Leaving Certificate Examination, 1925
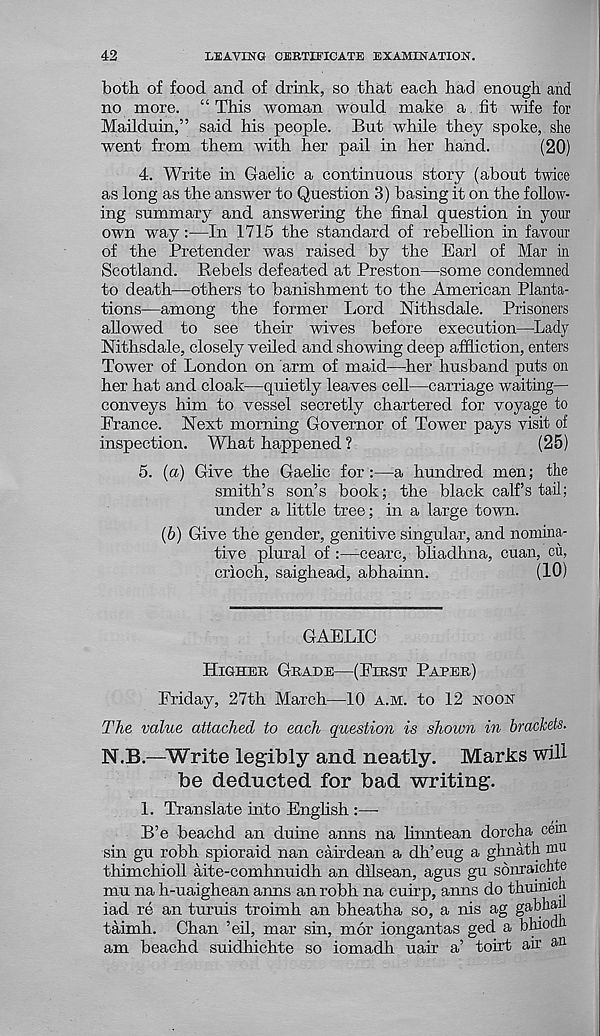
42
LEAVING CERTIFICATE EXAMINATION.
both of food and of drink, so that each had enough and
no more. “ This woman would make a fit wife for
Mailduin,” said his people. But while they spoke, she
went from them with her pail in her hand.
(20)
4. Write in Gaelic a continuous story (about twice
as long as the answer to Question 3) basing it on the follow-
ing summary and answering the final question in your
own way:—In 1715 the standard of rebellion in favour
of the Pretender was raised by the Earl of Mar in
Scotland. Rebels defeated at Preston—some condemned
to death—others to banishment to the American Planta-
tions—among the former Lord Nithsdale. Prisoners
allowed to see their wives before execution—-Lady
Mthsdale, closely veiled and showing deep affliction, enters
Tower of London on arm of maid—her husband puts on
her hat and cloak—quietly leaves cell—carriage waiting—
conveys him to vessel secretly chartered for voyage to
France. Next morning Governor of Tower pays visit of
inspection. What happened ?
(25)
5. {a) Give the Gaelic for:—a hundred men; the
smith’s son’s book; the black calf’s tail;
under a little tree; in a large town.
(6) Give the gender, genitive singular, and nomina-
tive plural of
cearc, bhadhna, cuan, cu,
crioch, saighead, abhainn.
(10)
GAELIC
Higher Grade—(First Paper)
Friday, 27th March—10 a.m. to 12 noon
The value attached to each question is shoivn in brackets.
N.B.—Write legibly and neatly.
Marks will
be deducted for bad writing.
1. Translate into English :—
B’e beachd an duine anns na linntean dorcha ceffi.
sin gu robh spioraid nan cairdean a dh’eug a ghnath m 11
thimchioll aite-comhnuidh an dilsean, agus gu sonxaichte
mu na h-uaighean anns an robh na cuirp, anns do thuimch
iad re an turuis troimh an bheatha so, a nis ag gabhau
taimh. Chan ’eil, mar sin, mor iongantas ged a bhiocu 1
am beachd suidhichte so iomadh uair a’ toirt an’ an